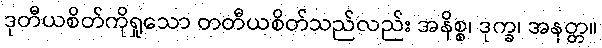
ဒုတီယစိတ်ကိုရှုသော တတီယစိတ်သည်လည်း အနိစ္စ၊ ဒုက္ခ၊ အနတ္တ။